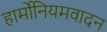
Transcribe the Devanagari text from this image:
हार्मोनियमवादन